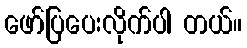
ဖော်ပြပေးလိုက်ပါ တယ်။